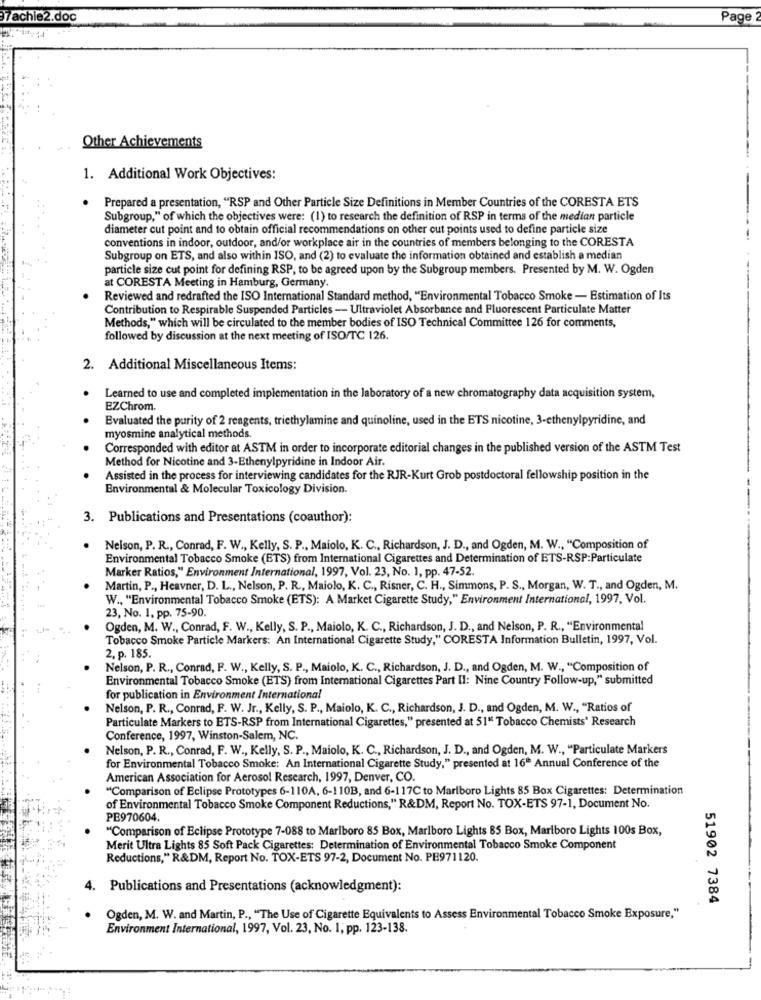
7achie2.doc
Page
Other Achievements
1. Additional Work Objectives:
.
Prepared a presentation, "RSP and Other Particle Size Definitions in Member Countries of the CORESTA ETS
Subgroup," of which the objectives were: (1) to research the definition of RSP in terms of the median particle
diameter cut point and to obtain official recommendations on other cut points used to define particle size
conventions in indoor, outdoor, and/or workplace air in the countries of members belonging to the CORESTA
Subgroup on ETS, and also within ISO, and (2) to evaluate the information obtained and establish a median
particle size cut point for defining RSP, to be agreed upon by the Subgroup members. Presented by M. W. Ogden
at CORESTA Meeting in Hamburg, Germany.
Reviewed and redrafted the ISO International Standard method, "Environmental Tobacco Smoke - Estimation of Its
Contribution to Respirable Suspended Particles - Ultraviolet Absorbance and Fluorescent Particulate Matter
Methods," which will be circulated to the member bodies of ISO Technical Committee 126 for comments,
followed by discussion at the next meeting of ISO/TC 126.
2. Additional Miscellaneous Items:
.
Learned to use and completed implementation in the laboratory of a new chromatography data acquisition system,
EZChrom.
Evaluated the purity of 2 reagents, triethylamine and quinoline, used in the ETS nicotine, 3-ethenylpyridine, and
myosmine analytical methods.
Corresponded with editor at ASTM in order to incorporate editorial changes in the published version of the ASTM Test
Method for Nicotine and 3-Ethenylpyridine in Indoor Air.
Assisted in the process for interviewing candidates for the RJR-Kurt Grob postdoctoral fellowship position in the
Environmental & Molecular Toxicology Division.
3. Publications and Presentations (coauthor):
.
Nelson, P. R ., Conrad, F. W ., Kelly, S. P ., Maiolo, K. C ., Richardson, J. D ., and Ogden, M. W ., "Composition of
Environmental Tobacco Smoke (ETS) from International Cigarettes and Determination of ETS-RSP:Particulate
Marker Ratios," Environment International, 1997, Vol. 23, No. 1, pp. 47-52.
Martin, P ., Heavner, D. L ., Nelson, P. R ., Maiolo, K. C ., Risner, C. H ., Simmons, P. S ., Morgan, W. T ., and Ogden, M.
W ., "Environmental Tobacco Smoke (ETS): A Market Cigarette Study," Environment International, 1997, Vol.
23, No. 1, pp. 75-90.
Ogden, M. W ., Conrad, F. W ., Kelly, S. P ., Maiolo, K. C ., Richardson, J. D ., and Nelson, P. R ., "Environmental
Tobacco Smoke Particle Markers: An International Cigarette Study," CORESTA Information Bulletin, 1997, Vol.
2, p. 185.
Nelson, P. R ., Conrad, F. W ., Kelly, S. P ., Maiolo, K. C ., Richardson, J. D ., and Ogden, M. W ., "Composition of
Environmental Tobacco Smoke (ETS) from International Cigarettes Part II: Nine Country Follow-up," submitted
for publication in Environment International
Nelson, P. R ., Conrad, F. W. Jr ., Kelly, S. P ., Maiolo, K. C ., Richardson, J. D ., and Ogden, M. W ., "Ratios of
Particulate Markers to ETS-RSP from International Cigarettes," presented at 51" Tobacco Chemists' Research
Conference, 1997, Winston-Salem, NC.
Nelson, P. R ., Conrad, F. W ., Kelly, S. P ., Maiolo, K. C ., Richardson, J. D ., and Ogden, M. W ., "Particulate Markers
for Environmental Tobacco Smoke: An International Cigarette Study," presented at 16" Annual Conference of the
American Association for Aerosol Research, 1997, Denver, CO.
"Comparison of Eclipse Prototypes 6-110A, 6-110B, and 6-117C to Marlboro Lights 85 Box Cigarettes: Determination
of Environmental Tobacco Smoke Component Reductions," R&DM, Report No. TOX-ETS 97-1, Document No.
PE970604.
"Comparison of Eclipse Prototype 7-088 to Marlboro 85 Box, Marlboro Lights 85 Box, Marlboro Lights 100s Box,
Merit Ultra Lights 85 Soft Pack Cigarettes: Determination of Environmental Tobacco Smoke Component
Reductions," R&DM, Report No. TOX-ETS 97-2, Document No. PE971120.
4. Publications and Presentations (acknowledgment):
51902 7384
Ogden, M. W. and Martin, P ., "The Use of Cigarette Equivalents to Assess Environmental Tobacco Smoke Exposure,"
Environment International, 1997, Vol. 23, No. 1; pp. 123-138.